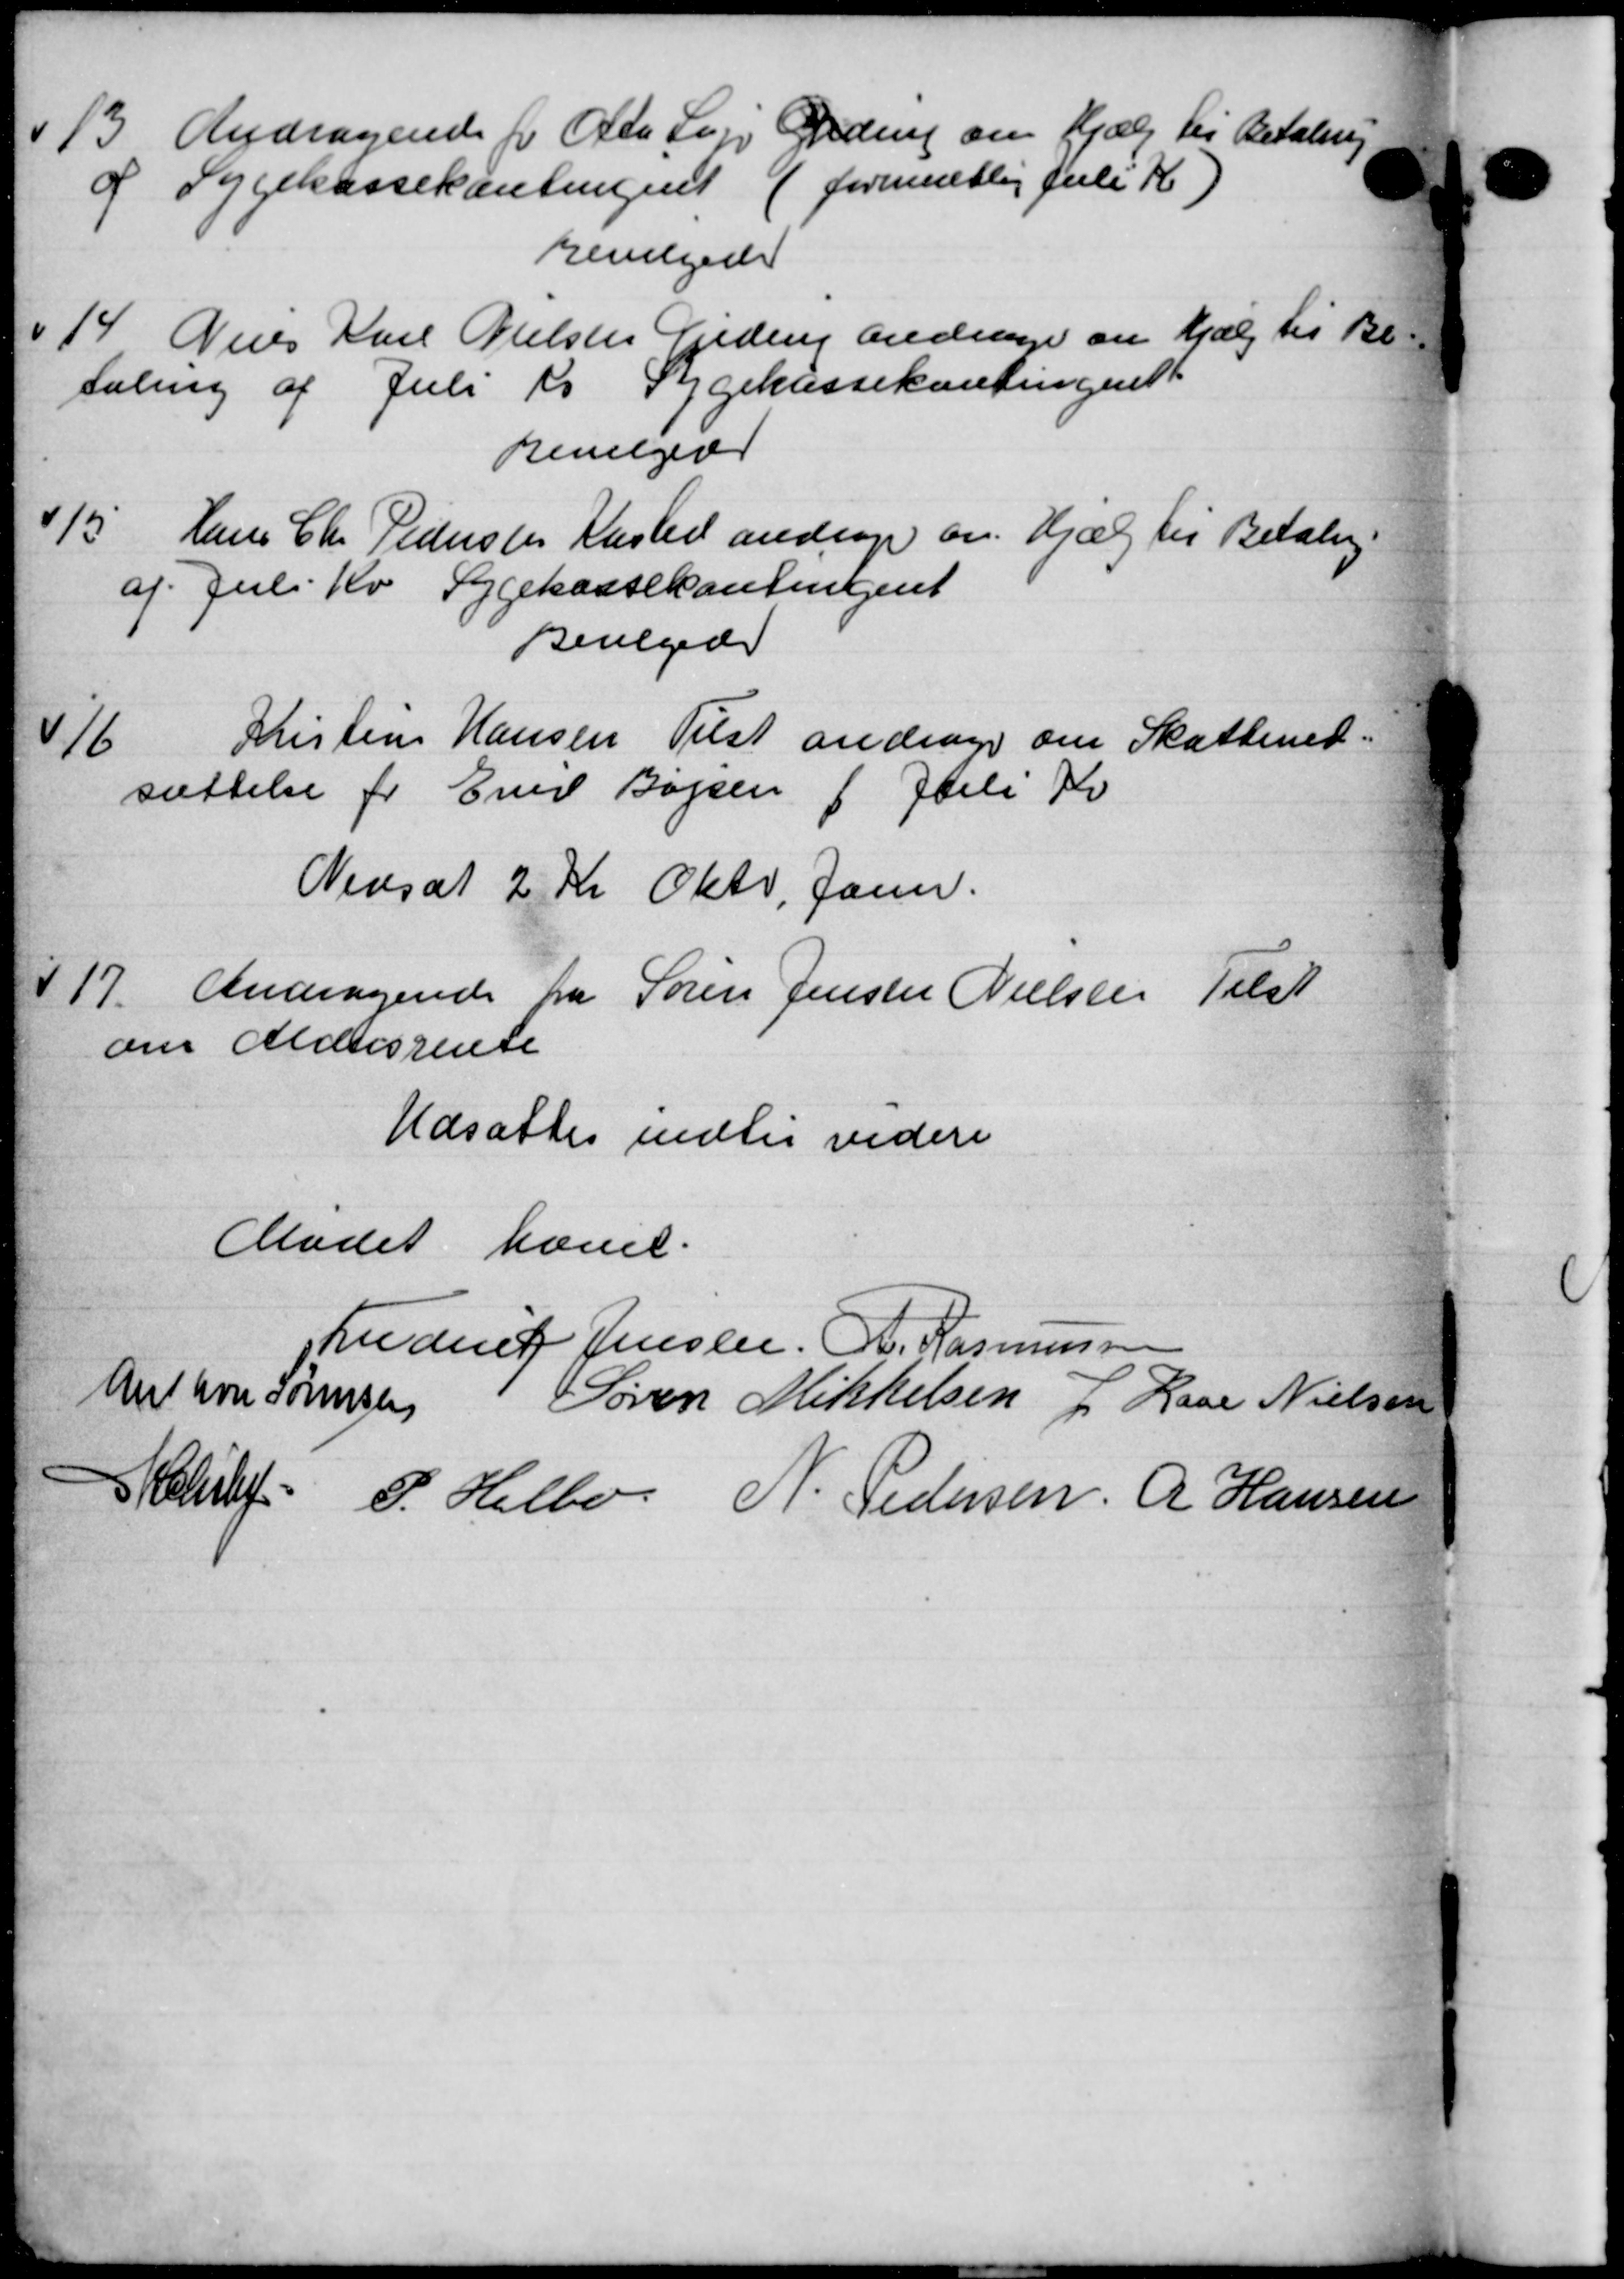
Transskription:
13
Andragende fra Ole Sag Nedrup om Hjælp til Betaling
af Sygekassekontingent (formentlig Juli K.)
Bevilgede
14
Des Karl Nielsen Fredenp andrager om Hjælp til Be-
taling af Juli to Sygekassekontingent
Bevilgedes
15
Hans Chr. Pedersen Kasted andrager om Hjælp til Betaling
af Juli Kv. Sygekassekontingent
Bevilgede
Kristens Hansen Tilst andrager om Skatteret.
16
sættelse for Emil Bøjsen 1 Juli Kv
Nedsat 2 Kr Okto, Janu.
17.
Andragende fra Søren Jensen Nielsen Tilst
om Aldersrente
Udsattes indtil videre
Mødet hævet.
Ludens Jensen. A. Rasmussen
Anthon Sørensen Søren Mikkelsen L Lage Nielsen
Skoler P. Helbo N. Pedersen A Hansen